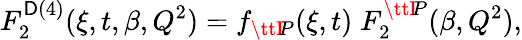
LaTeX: F_{2}^{\mathsf{D}(4)}(\xi,t,\beta,Q^{2})=f_{\ttI\! P}(\xi,t)\; F_{2}^{\ttI\! P}(\beta,Q^{2}),